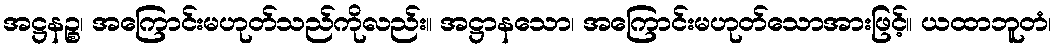
အဋ္ဌနဉ္စ၊ အကြောင်းမဟုတ်သည်ကိုလည်း။ အဋ္ဌာနသော၊ အကြောင်းမဟုတ်သောအားဖြင့်။ ယထာဘူတံ၊